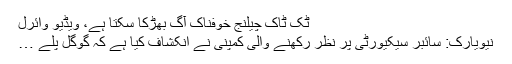
ٹک ٹاک چیلنج خوفناک آگ بھڑکا سکتا ہے، ویڈیو وائرل
نیویارک: سائبر سیکیورٹی پر نظر رکھنے والی کمپنی نے انکشاف کیا ہے کہ گوگل پلے …